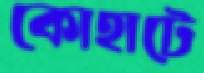
কোহাটে